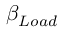
\beta _ { L o a d }